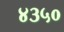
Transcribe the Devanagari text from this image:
४३५०